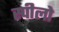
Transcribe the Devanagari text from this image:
स्पीलो